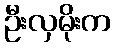
ဦးလှမိုးက